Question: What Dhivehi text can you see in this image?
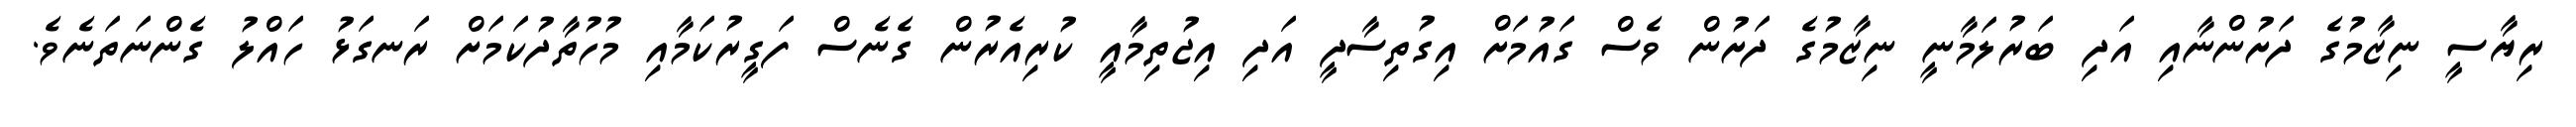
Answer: ރިޔާސީ ނިޒާމުގެ ދަށުންނާއި އަދި ބަރުލަމާނީ ނިޒާމުގެ ދަށުން ވެސް ގައުމަށް އިގުތިސާދީ އަދި އިޖުތިމާއީ ކުރިއެރުން ގެނެސް ފަގީރުކަމާއި މުހުތާދުކަމަށް ރަނގަޅު ހައްލު ގެންނަތަނެވެ.